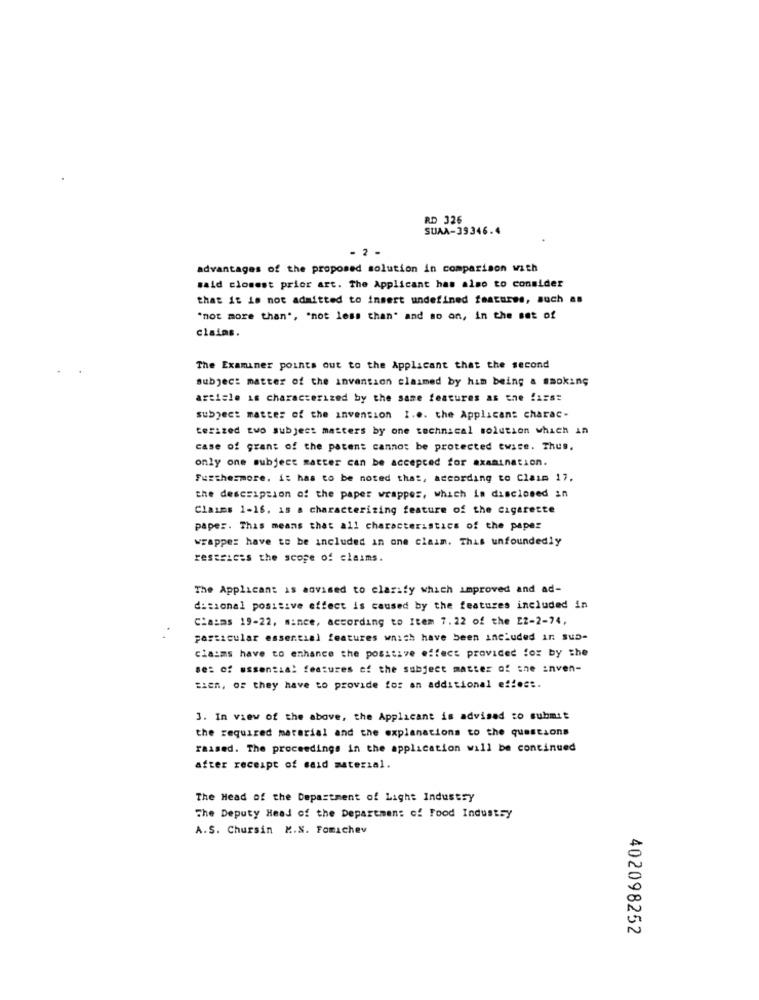
RD 326
SUAA-39346.4
advantages of the proposed solution in comparison with
said closest prior art. The Applicant has also to consider
that it is not admitted to insert undefined features, such as
"not more than", "not less than" and so on, in the set of
claims.
The Examiner points out to the Applicant that the second
subject matter of the invention claimed by him being a smoking
article is characterized by the same features as the fars:
subject matter of the invention 1.0. the Applicant charac-
terized two subject matters by one technical solution which in
case of grant of the patent cannot be protected twise. Thus.
only one subject matter can be accepted for examination.
Furthermore, it has to be noted that, according to Claim 17.
the description of the paper wrapper, which is disclosed an
Claims 1-16. is a characterizing feature of the Cigarette
paper. This means that all characteristics of the paper
wrappe: have to be included in one claim. This unfoundedly
restricas the scope of claims.
The Applicant is advised to clarify which improved and ad-
dissonal positive effect is caused by the features included in
Ciasas 19-22, mince, according to Item 7.22 of the E2-2-74,
particular essential features wnich have been included in sub-
claims have to enhance the positive effect provided for by the
se: of essential features of the subject matter of the inven-
Bien, os they have to provide for an additional effect.
3. In view of the above, the Applicant is advised to submit
the required material and the explanations to the questions
raised. The proceedings in the application will be continued
after receipt of said material.
The Head of the Department of Light Industry
The Deputy Head of the Department of Food Industry
A.S. Chursin M.N. Fomichev
402098252